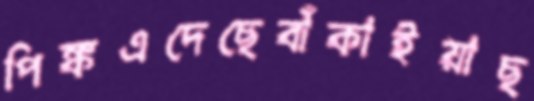
পিঙ্কএদেছেবাঁকাইয়াছ